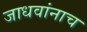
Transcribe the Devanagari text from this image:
जाधवांनाच